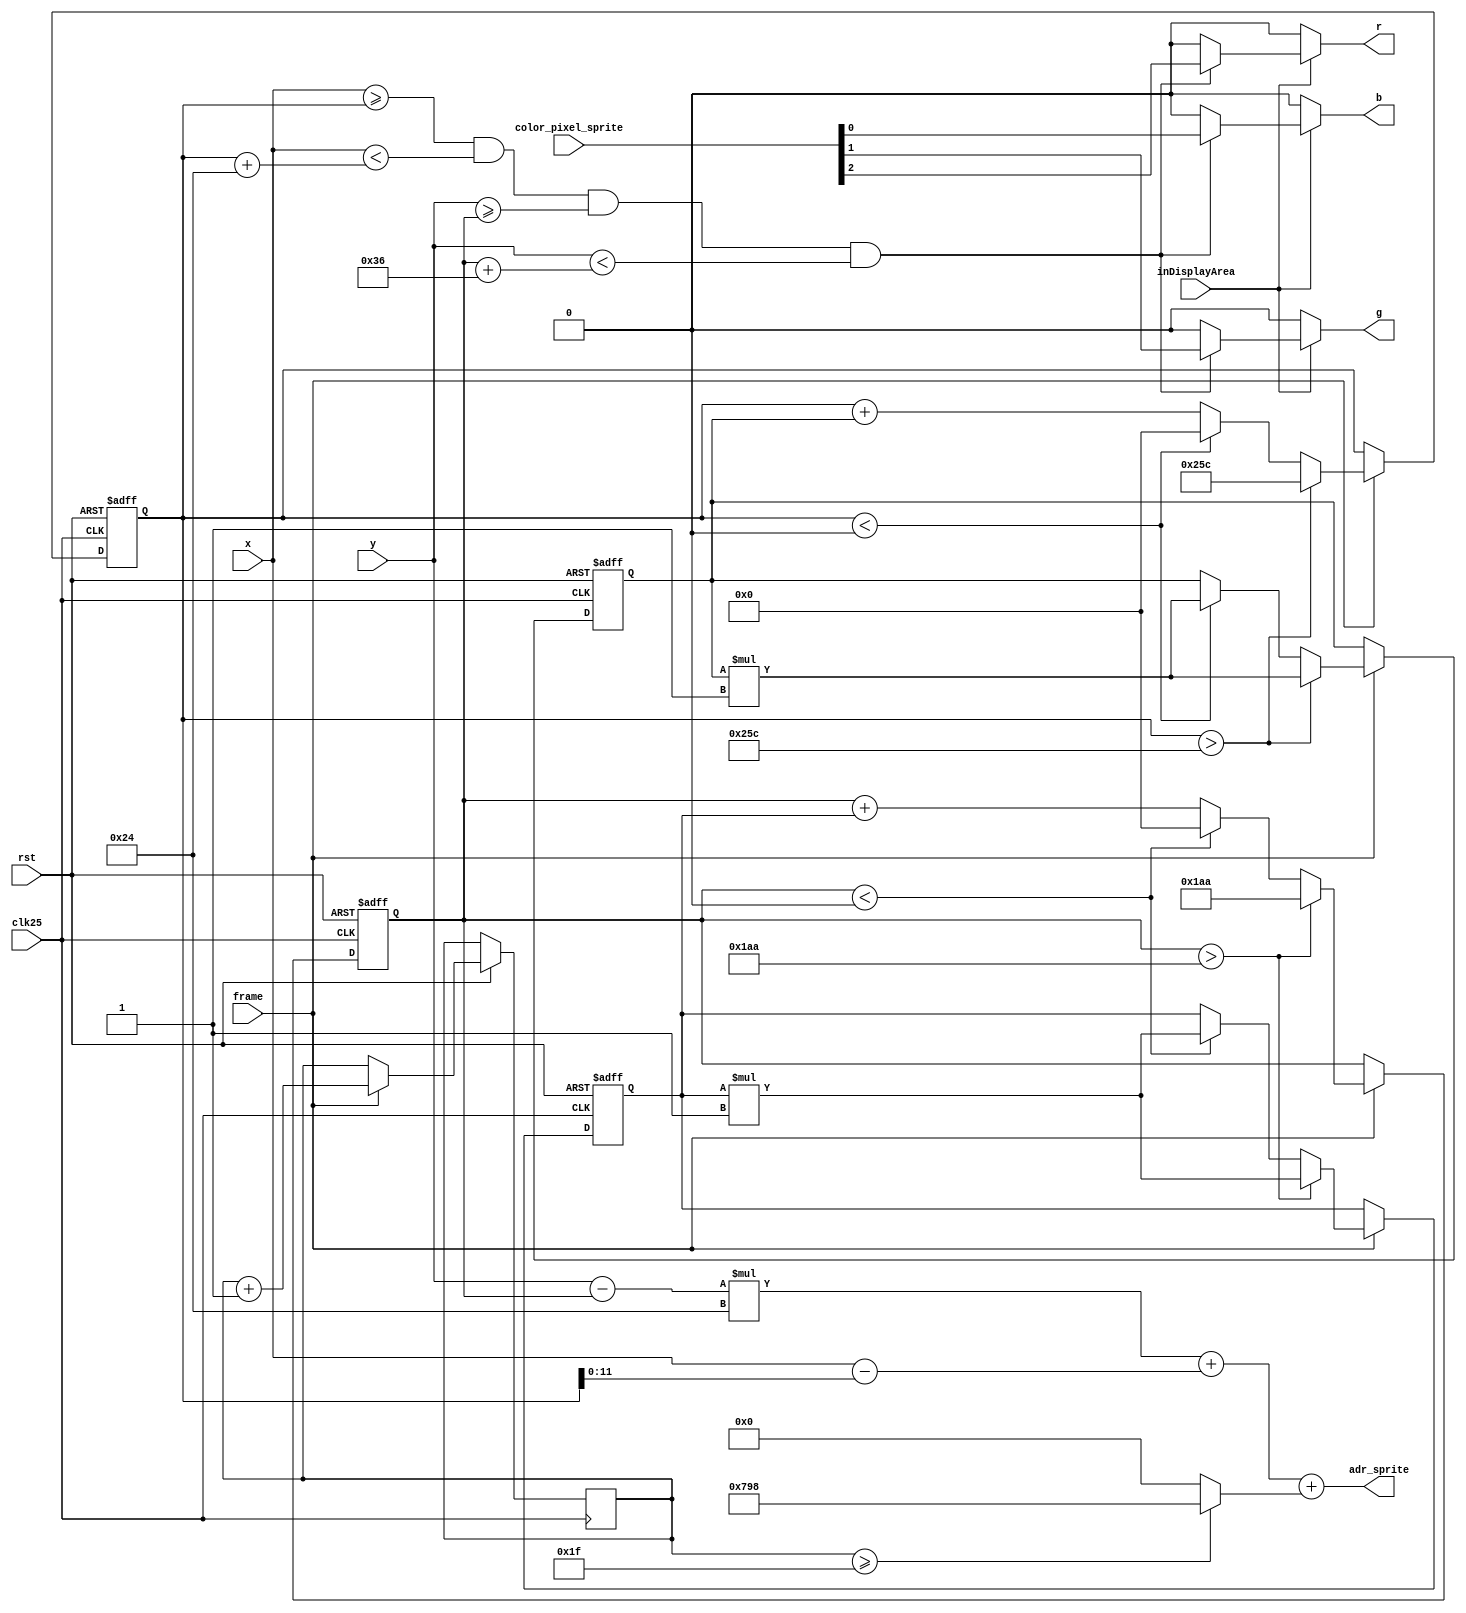
module sprite_generator
	#(		
		parameter sprite_width = 36, 	// largeur du sprite en pixels
		parameter sprite_height = 54, 	// hauteur du sprite en pixels
		parameter screen_width = 640,	// largeur de l'cran en pixels
		parameter screen_height = 480	// hauteur de l'cran en pixels
	)

	(
		input clk25, rst, frame, inDisplayArea,
		input wire [9:0] x, y,
		input wire [2:0] color_pixel_sprite,
		output reg r, g, b,
		output wire [11:0] adr_sprite
	);
	
	
	reg [5:0] counter_frame = 0; // compteur de frames entre 0 et 63
	wire inSprite;
	integer x_sprite = (screen_width - sprite_width) / 2;
	integer y_sprite = (screen_height - sprite_height) / 2;
	
	integer dir_x_sprite = 1, dir_y_sprite = 1; // dplacement en diagonale vers le bas  droite de l'cran	
	
	// inSprite=1 si le pixel (x, y) en cours de balayage est  l'intrieur du sprite, inSprite=0 sinon
	assign inSprite = (x >= x_sprite) && (x < x_sprite + sprite_width)
			&&
			(y >= y_sprite) && (y < y_sprite + sprite_height);
							
	// calcul de l'adresse en ROM
	assign adr_sprite = (y - y_sprite) * sprite_width + (x - x_sprite) 
				+ ((counter_frame >= 31) ? sprite_width * sprite_height : 0); // dcalage de l'adresse

	
	always @(posedge clk25 or negedge rst)
	begin
		if (rst==0) begin	// Rinitialisation si appui sur bouton Reset
			x_sprite <= (screen_width - sprite_width) /2;
			y_sprite <= (screen_height - sprite_height) / 2;
			dir_x_sprite <= 1;
			dir_y_sprite <= 1;
		end else
		begin
			if (frame) begin // calcul de la position du sprite en dehors de la zone d'affichage active	
				counter_frame <= counter_frame + 1;
				x_sprite <= x_sprite + dir_x_sprite;
				y_sprite <= y_sprite + dir_y_sprite;
			
				if (x_sprite > screen_width - sprite_width) begin	// rebond sur bord droit
					dir_x_sprite <= dir_x_sprite * (-1);
					x_sprite <= screen_width - sprite_width;
				end
				else if (x_sprite < 0) begin				// rebond sur bord gauche
					dir_x_sprite <= dir_x_sprite * (-1);
					x_sprite <= 0;
				end
				
				if (y_sprite > screen_height - sprite_height) begin	// rebond sur bord bas
					dir_y_sprite <= dir_y_sprite * (-1);
					y_sprite <= screen_height - sprite_height;				
				end
				else if (y_sprite < 0) begin				// rebond sur bord haut
					dir_y_sprite <= dir_y_sprite * (-1);
					y_sprite <= 0;
				end
			end 
			else
			begin
				x_sprite <= x_sprite;
				y_sprite <= y_sprite;			
			end
					
		end
	end

	
	always @(*)
		begin
			if (inDisplayArea) // si coordonnes dans l'aire d'affichage
			begin			
				if (inSprite) // si coordonnes dans l'aire d'affichage du sprite
				begin
					r <= color_pixel_sprite[2];
					g <= color_pixel_sprite[1];
					b <= color_pixel_sprite[0];
				
				end else
				begin
					r <= 1'b0;
					g <= 1'b0;
					b <= 1'b0;				
				end									
			end
			else
			begin
				r <= 1'b0;
				g <= 1'b0;
				b <= 1'b0;
			end
		end

endmodule